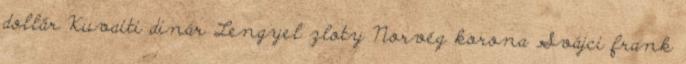
dollár Kuvaiti dinár Lengyel zloty Norvég korona Svájci frank